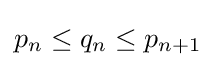
p_{n}\leq q_{n}\leq p_{n+1}